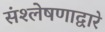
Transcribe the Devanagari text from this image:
संश्लेषणाद्वारे